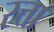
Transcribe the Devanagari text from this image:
स्त्ता